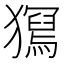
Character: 𤢧